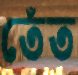
তেঁত